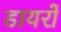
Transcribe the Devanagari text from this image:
डायरों